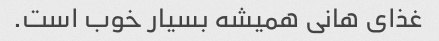
غذای هانی همیشه بسیار خوب است.